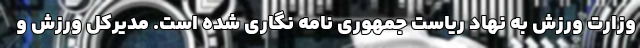
وزارت ورزش به نهاد ریاست جمهوری نامه نگاری شده است. مدیرکل ورزش و